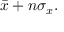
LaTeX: \textstyle { \bar { x } } + n \sigma _ { x } .